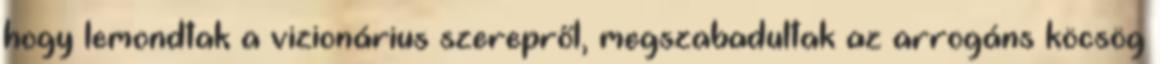
hogy lemondtak a vizionárius szerepről, megszabadultak az arrogáns köcsög